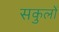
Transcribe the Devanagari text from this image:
सकुलों